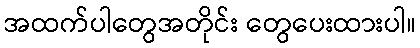
အထက်ပါတွေအတိုင်း တွေပေးထားပါ။